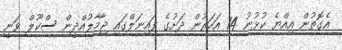
އެގޮތުން އިއްޔެ ކުޅުނު 14 އަހަރުން ދަށުގެ ފައިނަލްގައި ޖާމާލުއްދީން ސްކޫލް ވަނީ